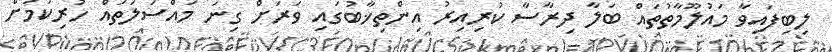
ލިބިފައިވާ މައުލޫމާތުތައް ބަލާ ދިރާސާ ކުރިއިރު އިންތިޚާބުގައި ވަރަށް ގިނަ މައްސަލަތައް ހުރިކަމަށް